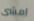
امشى